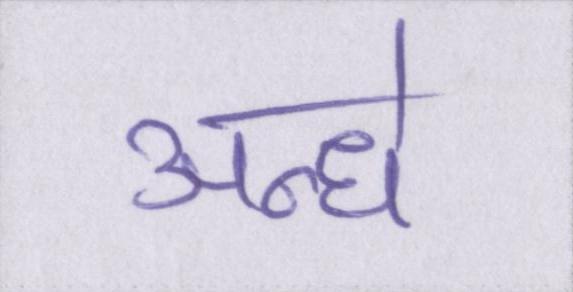
अन्धे